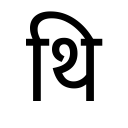
OCR:
थि